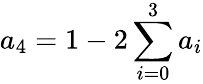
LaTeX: a_{4}=1-2\sum_{i=0}^{3}a_{i}